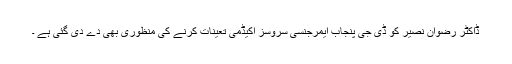
ڈاکٹر رضوان نصیر کو ڈی جی پنجاب ایمرجنسی سروسز اکیڈمی تعینات کرنے کی منظوری بھی دے دی گئی ہے ۔